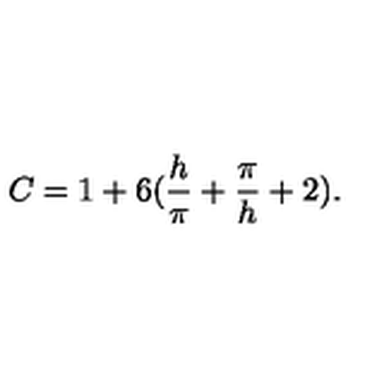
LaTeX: C = 1 + 6 ( { \frac { h } { \pi } } + { \frac { \pi } { h } } + 2 ) .